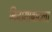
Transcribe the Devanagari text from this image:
निजामाबादला